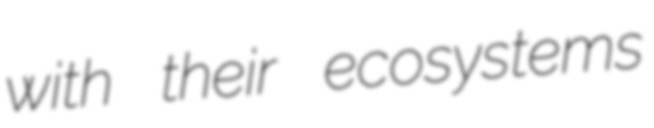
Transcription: with their ecosystems